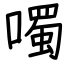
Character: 噣